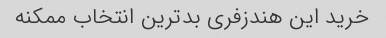
خرید این هندزفری بدترین انتخاب ممکنه